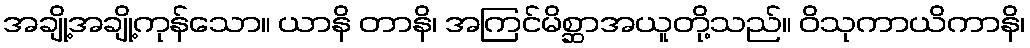
အချို့အချို့ကုန်သော။ ယာနိ တာနိ၊ အကြင်မိစ္ဆာအယူတို့သည်။ ဝိသုကာယိကာနိ၊